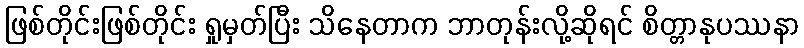
ဖြစ်တိုင်းဖြစ်တိုင်း ရှုမှတ်ပြီး သိနေတာက ဘာတုန်းလို့ဆိုရင် စိတ္တာနုပဿနာ